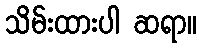
သိမ်းထားပါ ဆရာ။